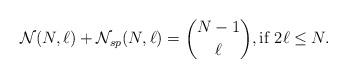
LaTeX: \begin{align*}{\cal{N}}(N,\ell) + {\cal{N}}_{sp}(N,\ell) = {N-1 \choose \ell},\mbox{if }2\ell \le N.\end{align*}